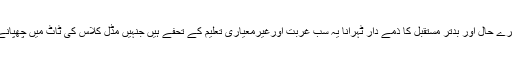
جلنا کڑھنا کسی اور کو اپنے برے حال اور بدتر مستقبل کا ذمے دار ٹہرانا یہ سب غربت اورغیرمعیاری تعلیم کے تحفے ہیں جنہیں‌ مڈل کلاس کی ٹاٹ میں‌ چھپانے سے بھی چھپایا نہیں جاسکتا۔